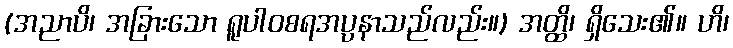
(အညာပိ၊ အခြားသော ရူပါဝစရအပ္ပနာသည်လည်း။) အတ္ထိ၊ ရှိသေး၏။ ဟိ၊